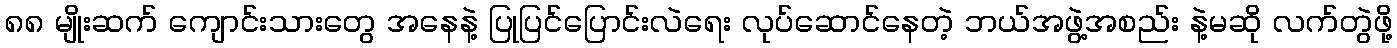
၈၈ မျိုးဆက် ကျောင်းသားတွေ အနေနဲ့ ပြုပြင်ပြောင်းလဲရေး လုပ်ဆောင်နေတဲ့ ဘယ်အဖွဲ့အစည်း နဲ့မဆို လက်တွဲဖို့